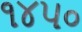
૧૪૫૦